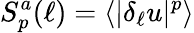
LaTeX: S_{p}^{a}(\ell)=\langle|\delta_{\ell}u|^{p}\rangle